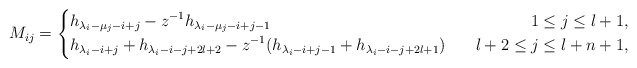
\begin{align*}M_{ij}=\left\{\begin{aligned}&h_{\lambda_i-\mu_j-i+j}-z^{-1}h_{\lambda_i-\mu_j-i+j-1}~~&~~1\leq j\leq l+1,\\&h_{\lambda_i-i+j}+h_{\lambda_i-i-j+2l+2}-z^{-1}(h_{\lambda_i-i+j-1}+h_{\lambda_i-i-j+2l+1})~&~~l+2\leq j\leq l+n+1,\end{aligned}\right.\end{align*}